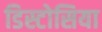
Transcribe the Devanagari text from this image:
डिस्टोसिया